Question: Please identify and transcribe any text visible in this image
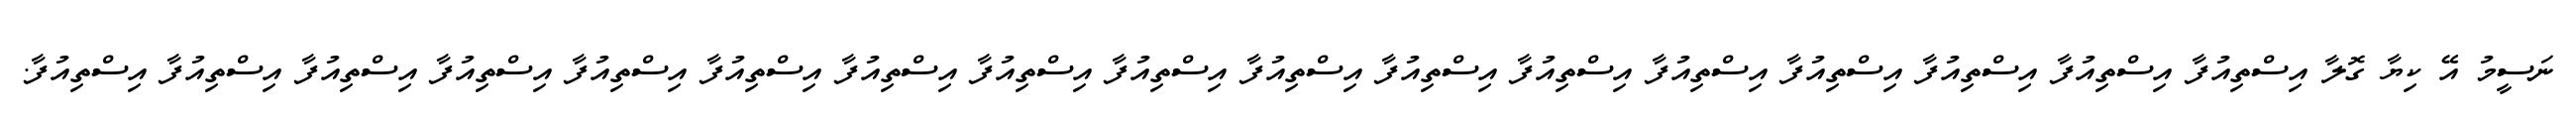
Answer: ނަސީމު އޭ ކިޔާ ގޮލާ އިސްތިއުފާ އިސްތިއުފާ އިސްތިއުފާ އިސްތިއުފާ އިސްތިއުފާ އިސްތިއުފާ އިސްތިއުފާ އިސްތިއުފާ އިސްތިއުފާ އިސްތިއުފާ އިސްތިއުފާ އިސްތިއުފާ އިސްތިއުފާ އިސްތިއުފާ އިސްތިއުފާ އިސްތިއުފާ އިސްތިއުފާ.